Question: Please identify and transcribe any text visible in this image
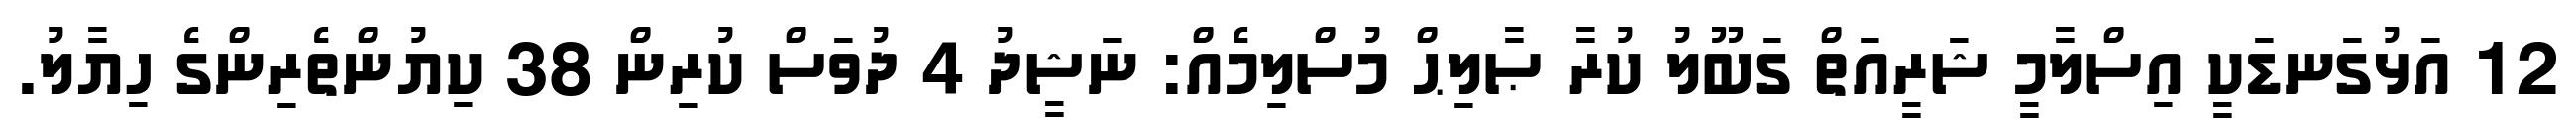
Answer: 12 އަޅުގަނޑަކީ އިސްލާމީ ޝަރީއަތް ގަބޫލު ކުރާ ޞާލިޙް މުސްލިމެއް: ނަޝީދު 4 ދުވަސް ކުރިން 38 ކިޔުންތެރިންގެ ހިޔާލު.